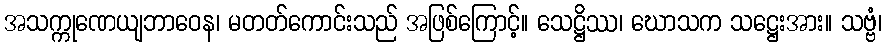
အသက္ကုဏေယျဘာဝေန၊ မတတ်ကောင်းသည် အဖြစ်ကြောင့်။ သေဋ္ဌိဿ၊ ဃောသက သဋ္ဌေးအား။ သဗ္ဗံ၊